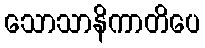
သောသာနိကာတိပေ